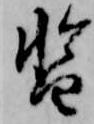
暫